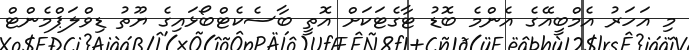
މި އަހަރު އެމްބީއޭގެ އެންމެ ބޮޑު ޓާގެޓަކަށް އޮތީ ބާސެކެޓްބޯޅައިގެ ޔޫތު ޑިވްލަޕްމެންޓް